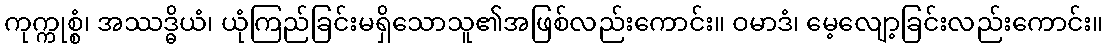
ကုက္ကုစ္စံ၊ အဿဒ္ဓိယံ၊ ယုံကြည်ခြင်းမရှိသောသူ၏အဖြစ်လည်းကောင်း။ ဝမာဒံ၊ မေ့လျော့ခြင်းလည်းကောင်း။